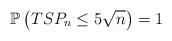
LaTeX: \begin{align*}\mathbb{P}\left(TSP_n \leq 5\sqrt{n} \right) =1\end{align*}